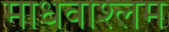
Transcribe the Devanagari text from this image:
माधवाश्लम